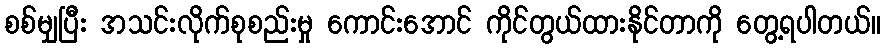
စစ်မျှပြီး အသင်းလိုက်စုစည်းမှု ကောင်းအောင် ကိုင်တွယ်ထားနိုင်တာကို တွေ့ရပါတယ်။